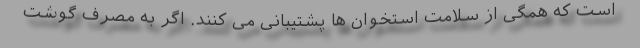
است که همگی از سلامت استخوان ها پشتیبانی می کنند. اگر به مصرف گوشت